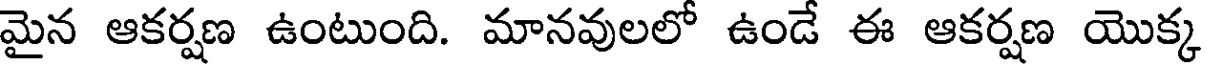
మైన ఆకర్షణ ఉంటుంది. మానవులలో ఉండే ఈ ఆకర్షణ యొక్క